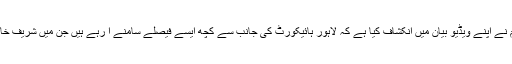
معروف صحافی سمیع ابراہیم نے اپنے ویڈیو بیان میں انکشاف کیا ہے کہ لاہور ہائیکورٹ کی جانب سے کچھ ایسے فیصلے سامنے آ رہے ہیں جن میں شریف خاندان کو ریلیف دیاجارہا ہے ۔